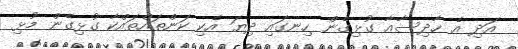
އަދި އެ ހާދިސާއާ ގުޅިގެން ހިނގައި ދިޔަ އެކި ކަންތައްތައްކާ ގުޅިގެން މުޅި